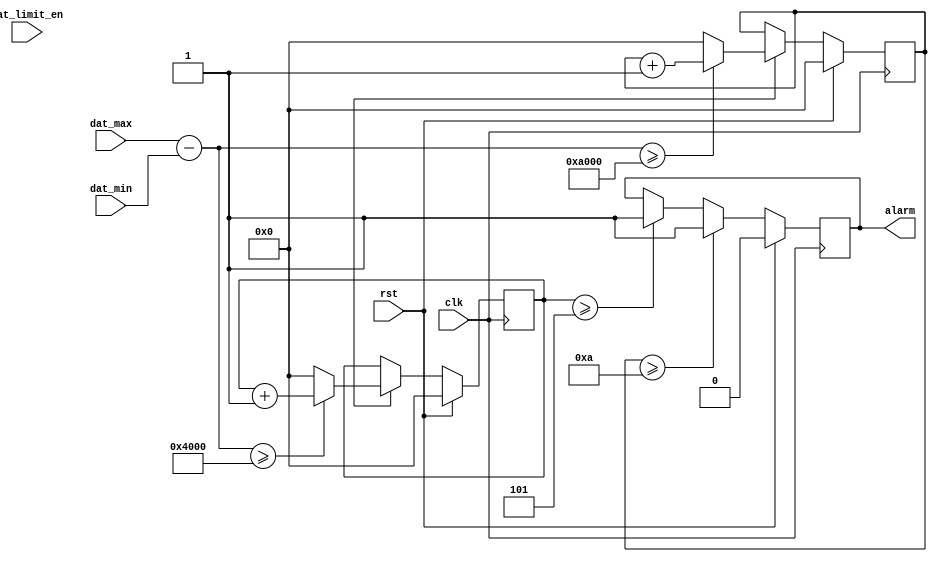
module alarm_judge(
    input clk,rst,
	 	 
	 input [15:0]dat_max,dat_min,
	 input dat_limit_en,
	 
	 output reg alarm);
	 

parameter high_threshold =16'ha000;
parameter high_cnt =10;
parameter low_threshold  =16'h4000;
parameter low_cnt  =5;

reg [7:0]high_cnter;	
always@(posedge clk)
	begin
		if(rst)high_cnter<=0;
		else
			begin
				if(pos_dat_limit_en)
					begin
						if((dat_max-dat_min)>=high_threshold)high_cnter<=high_cnter+1;
						else high_cnter<=0;
					end
				else	high_cnter<=high_cnter;
			end
		
	end

reg [7:0]low_cnter;	
always@(posedge clk)
	begin
		if(rst)low_cnter<=0;
		else
			begin
				if(pos_dat_limit_en)
					begin
						if((dat_max-dat_min)>=low_threshold)low_cnter<=low_cnter+1;
						else low_cnter<=0;
					end
				else	low_cnter<=low_cnter;
			end
		
	end
	
always@(posedge clk)
	begin
		if(rst)alarm<=0;
		else 
			begin
				if		 (high_cnter>=high_cnt)alarm<=1;
				else if(low_cnter >=low_cnt )alarm<=1;
				else								  alarm<=alarm;
			end
	end
	
endmodule